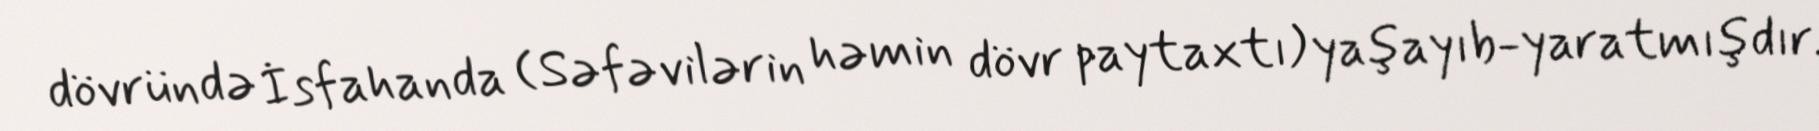
dövründə İsfahanda (Səfəvilərin həmin dövr paytaxtı) yaşayıb-yaratmışdır.